Vaccination in Bombay 1902-1912 - 1902-1912
Year: 1902
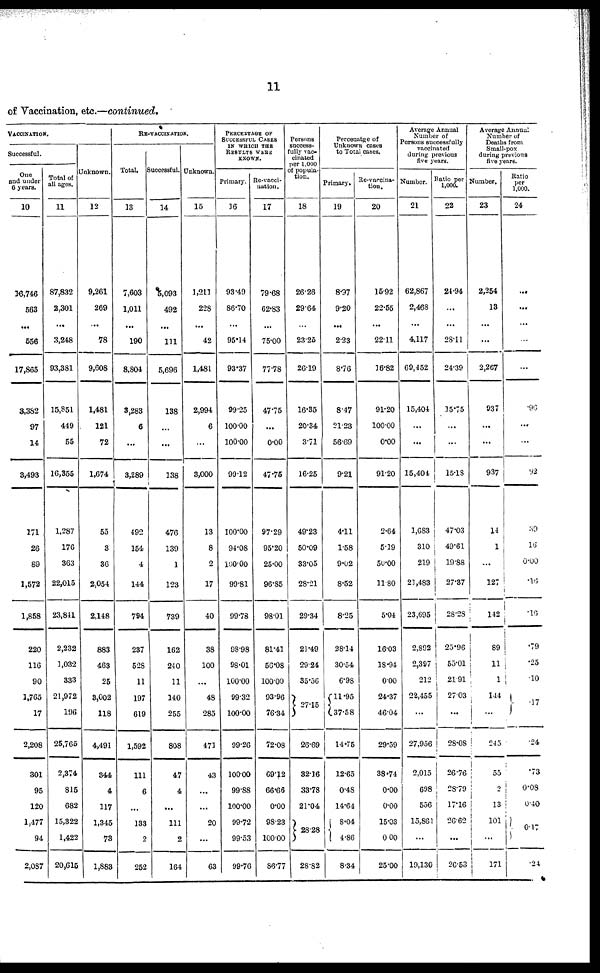
11
of Vaccination, etc.—continued.
VACCINATION.
Successful,
One
and under
6 years.
10
16,746
563
...
556
17,865
3,382
97
14
3,493
171
26
89
1,572
1,858
220
116
90
1,765
17
2,208
301
95
120
1,477
94
2,087
Total of
all ages.
11
87,832
2,301
...
3,248
93,381
15,851
449
55
16,355
1,287
176
363
22,015
23,841
2,232
1,032
333
21,972
196
25,765
2,374
815
682
15,322
1,422
20,615
Unknown.
12
9,261
269
...
78
9,608
1,481
121
72
1,674
55
3
36
2,054
2,148
883
463
25
3,002
118
4,491
344
4
117
1,345
73
1,883
RE-VACCINATION.
Total.
13
7,603
1,011
...
190
8,804
3,283
6
...
3,289
492
154
4
144
794
237
528
11
197
619
1,592
111
6
...
133
2
252
Successful.
14
5,093
492
...
111
5,696
138
...
...
138
476
139
1
123
739
162
240
11
140
255
808
47
4
...
111
2
164
Unknown.
15
1,211
228
...
42
1,481
2,994
6
...
3,000
13
8
2
17
40
38
100
...
48
285
471
43
...
...
20
...
63
PERCENTAGE OF
SUCCESSFUL CASES
IN WHICH THE
RESULTS WERE
KNOWS.
Primary.
16
93.49
86.70
...
95.14
93.37
99.25
100.00
100.00
99.12
100.00
94.08
160.00
99.81
99.78
98.98
98.01
100.00
99.32
100.00
99.26
100.00
99.88
100.00
99.72
99.53
99.76
Re-vacci¬
nation.
17
79.68
62.83
...
75.00
77.78
47.75
...
0.00
47.75
97.29
95.20
25.00
96.85
98.01
81.41
56.08
100.00
93.96
76.34
72.08
69.12
66.66
0.00
98.23
100.00
86.77
Persons
success-
fully vac-
cinated
per 1,000
of popula-
tion.
18
26.26
29.64
...
23.25
26.19
16.35
20.34
3.71
16.25
49.23
50.09
33.05
28.21
29.34
21.49
29.24
35.56
27.15
26.69
32.16
33.78
21.04
28.28
28.82
Percenatge of
Unknown cases
to Total cases.
Primary.
19
8.97
9.20
...
2.23
8.76
8.47
21.23
56.69
9.21
4.11
1.58
9.02
8.52
8.25
28.14
30.54
6.98
11.95
37.58
14.75
12.65
0.48
14.64
8.04
4.86
8.34
Re-vaccina-
tion.
20
15.92
22.55
...
22.11
16.82
91.20
100.00
0.00
91.20
2.64
5.19
50.00
11.80
5.04
16.03
18.94
0.00
24.37
46.04
29.59
38.74
0.00
0.00
15.03
0.00
25.00
Average Annual
Number of
Persons successfully
vaccinated
during previous
five years.
Number.
21
62,867
2,468
...
4,117
69,452
15,404
...
...
15,404
1,683
310
219
21,483
23,695
2,892
2,397
212
22,455
...
27,956
2,015
698
556
15,861
...
19,130
Ratio per
1,000.
22
24.94
...
...
28.11
24.39
15.75
...
...
15.18
47.03
49.61
19.88
27.37
28.28
25.96
55.01
21.91
27.03
...
28.08
26.76
28.79
17.16
26.62
...
26.53
Average Annual
Number of
Deaths from
Small-pox
during previous
five years.
Number.
23
2,254
13
...
...
2,267
937
...
...
937
14
1
...
127
142
89
11
1
144
...
245
55
2
13
101
...
171
Ratio
per
1,000.
24
...
...
...
...
...
.96
...
...
92
39
16
0.00
.16
.16
.79
.25
.10
.17
.24
.73
0.08
0.40
0.17
.24